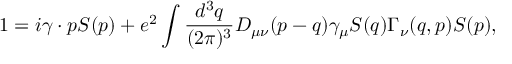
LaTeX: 1 = i \gamma \cdot p S ( p ) + e ^ { 2 } \int \frac { d ^ { 3 } q } { ( 2 \pi ) ^ { 3 } } D _ { \mu \nu } ( p - q ) \gamma _ { \mu } S ( q ) \Gamma _ { \nu } ( q , p ) S ( p ) ,